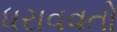
ધરાવવતો